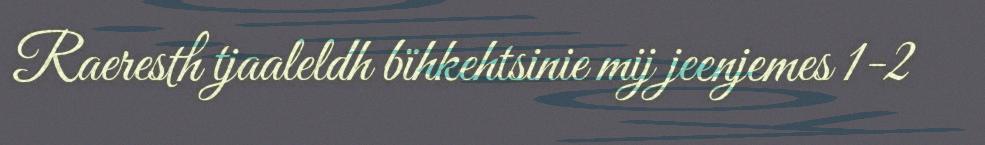
Raeresth tjaaleldh bïhkehtsinie mij jeenjemes 1-2